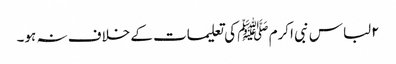
۲لباس نبی اکرم ﷺ کی تعلیمات کے خلاف نہ ہو۔